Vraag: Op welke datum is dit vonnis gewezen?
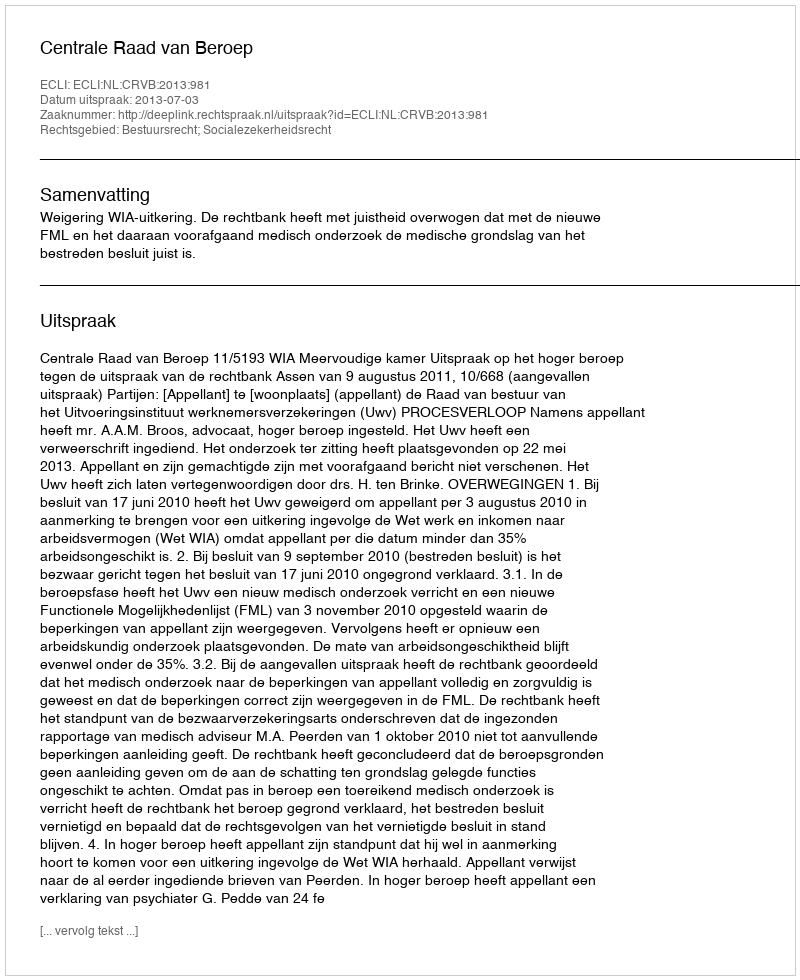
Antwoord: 2013-07-03